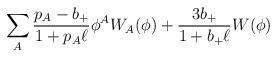
LaTeX: \begin{align*}\sum_A{p_A-b_+\over1+p_A\ell}\phi^AW_A(\phi) + {3b_+\over1+b_+\ell}W(\phi)\end{align*}